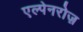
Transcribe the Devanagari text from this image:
एल्पेनरोज़